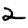
Digit: 2